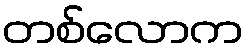
တစ်လောက